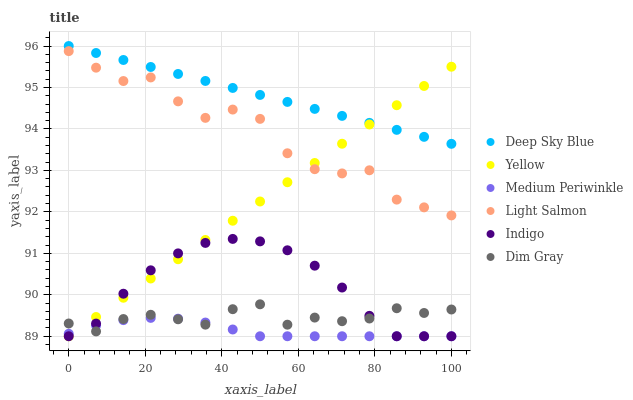
| xaxis_label | Deep Sky Blue | Yellow | Medium Periwinkle | Light Salmon | Indigo | Dim Gray |
 | --- | --- | --- | --- | --- | --- | --- |
 | 0 | 96 | 89 | 89.1 | 95.9 | 89 | 89.3 |
 | 7.14 | 95.8 | 89.5 | 89.3 | 95.5 | 89.3 | 89.1 |
 | 14.3 | 95.7 | 89.9 | 89.4 | 95.2 | 90 | 89.4 |
 | 21.4 | 95.5 | 90.4 | 89.4 | 95.2 | 90.6 | 89.5 |
 | 28.6 | 95.3 | 90.9 | 89.4 | 94.7 | 91 | 89.4 |
 | 35.7 | 95.2 | 91.3 | 89.3 | 94.3 | 91.3 | 89.3 |
 | 42.9 | 95 | 91.8 | 89.2 | 94.5 | 91.3 | 89.7 |
 | 50 | 94.8 | 92.3 | 89 | 94.2 | 91.3 | 89.8 |
 | 57.1 | 94.7 | 92.7 | 89 | 93.4 | 91.1 | 89.3 |
 | 64.3 | 94.5 | 93.2 | 89 | 93 | 90.7 | 89.5 |
 | 71.4 | 94.3 | 93.6 | 89 | 92.9 | 90.2 | 89.4 |
 | 78.6 | 94.1 | 94.1 | 89 | 93 | 89.5 | 89.4 |
 | 85.7 | 94 | 94.6 | 89 | 92.3 | 89 | 89.7 |
 | 92.9 | 93.8 | 95 | 89 | 92.1 | 89 | 89.6 |
 | 100 | 93.6 | 95.5 | 89 | 91.9 | 89 | 89.6 |